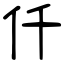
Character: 仟